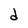
Character: d